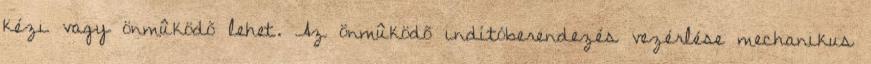
kézi vagy önmûködõ lehet. Az önmûködõ indítóberendezés vezérlése mechanikus